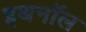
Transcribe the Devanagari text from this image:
इथनॉल